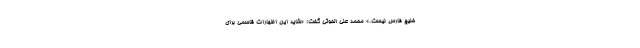
خلیج فارس نیست.» محمد علی الحوثی ‌گفت: «شاید این اظهارات قاسمی برای